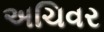
અચિવર